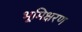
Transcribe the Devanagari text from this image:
भूमिक्षरण